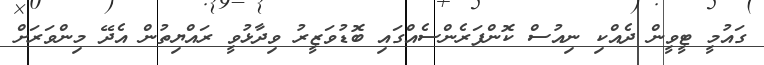
ގައުމީ ޓީވީން ދެއްކި ނިއުސް ކޮންފަރެންސެއްގައި ބޮޑުވަޒީރު ވިދާޅުވީ ރައްޔިތުން އެދޭ މިންވަރަށް